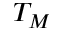
T _ { M }